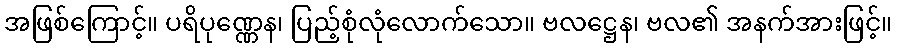
အဖြစ်ကြောင့်။ ပရိပုဏ္ဏေန၊ ပြည့်စုံလုံလောက်သော။ ဗလဋ္ဌေန၊ ဗလ၏ အနက်အားဖြင့်။